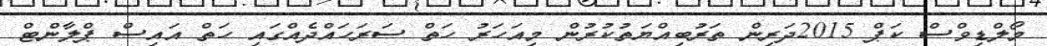
މޯލްޑިވްސް ކަޕް 2015ދަރިން ތަރުބިއްޔަތުކުރުން މިއަހަރު ހަތް ސަރަހައްދެއްގައި ހަތް އައިސް ޕްލާންޓް